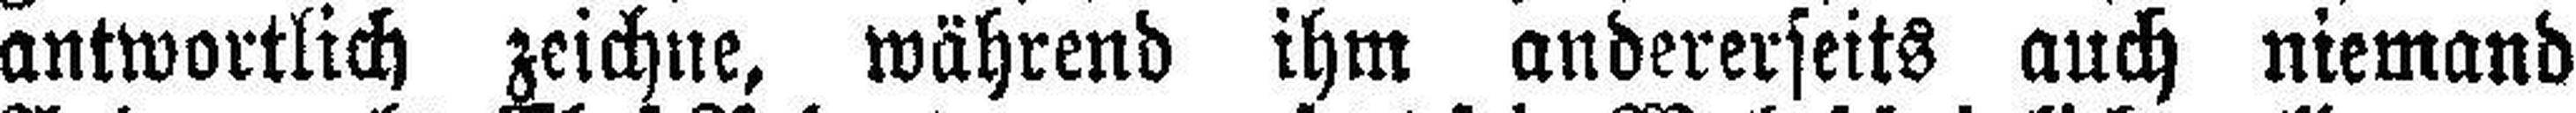
antwortlich zeichne, während ihm andererseits auch niemand